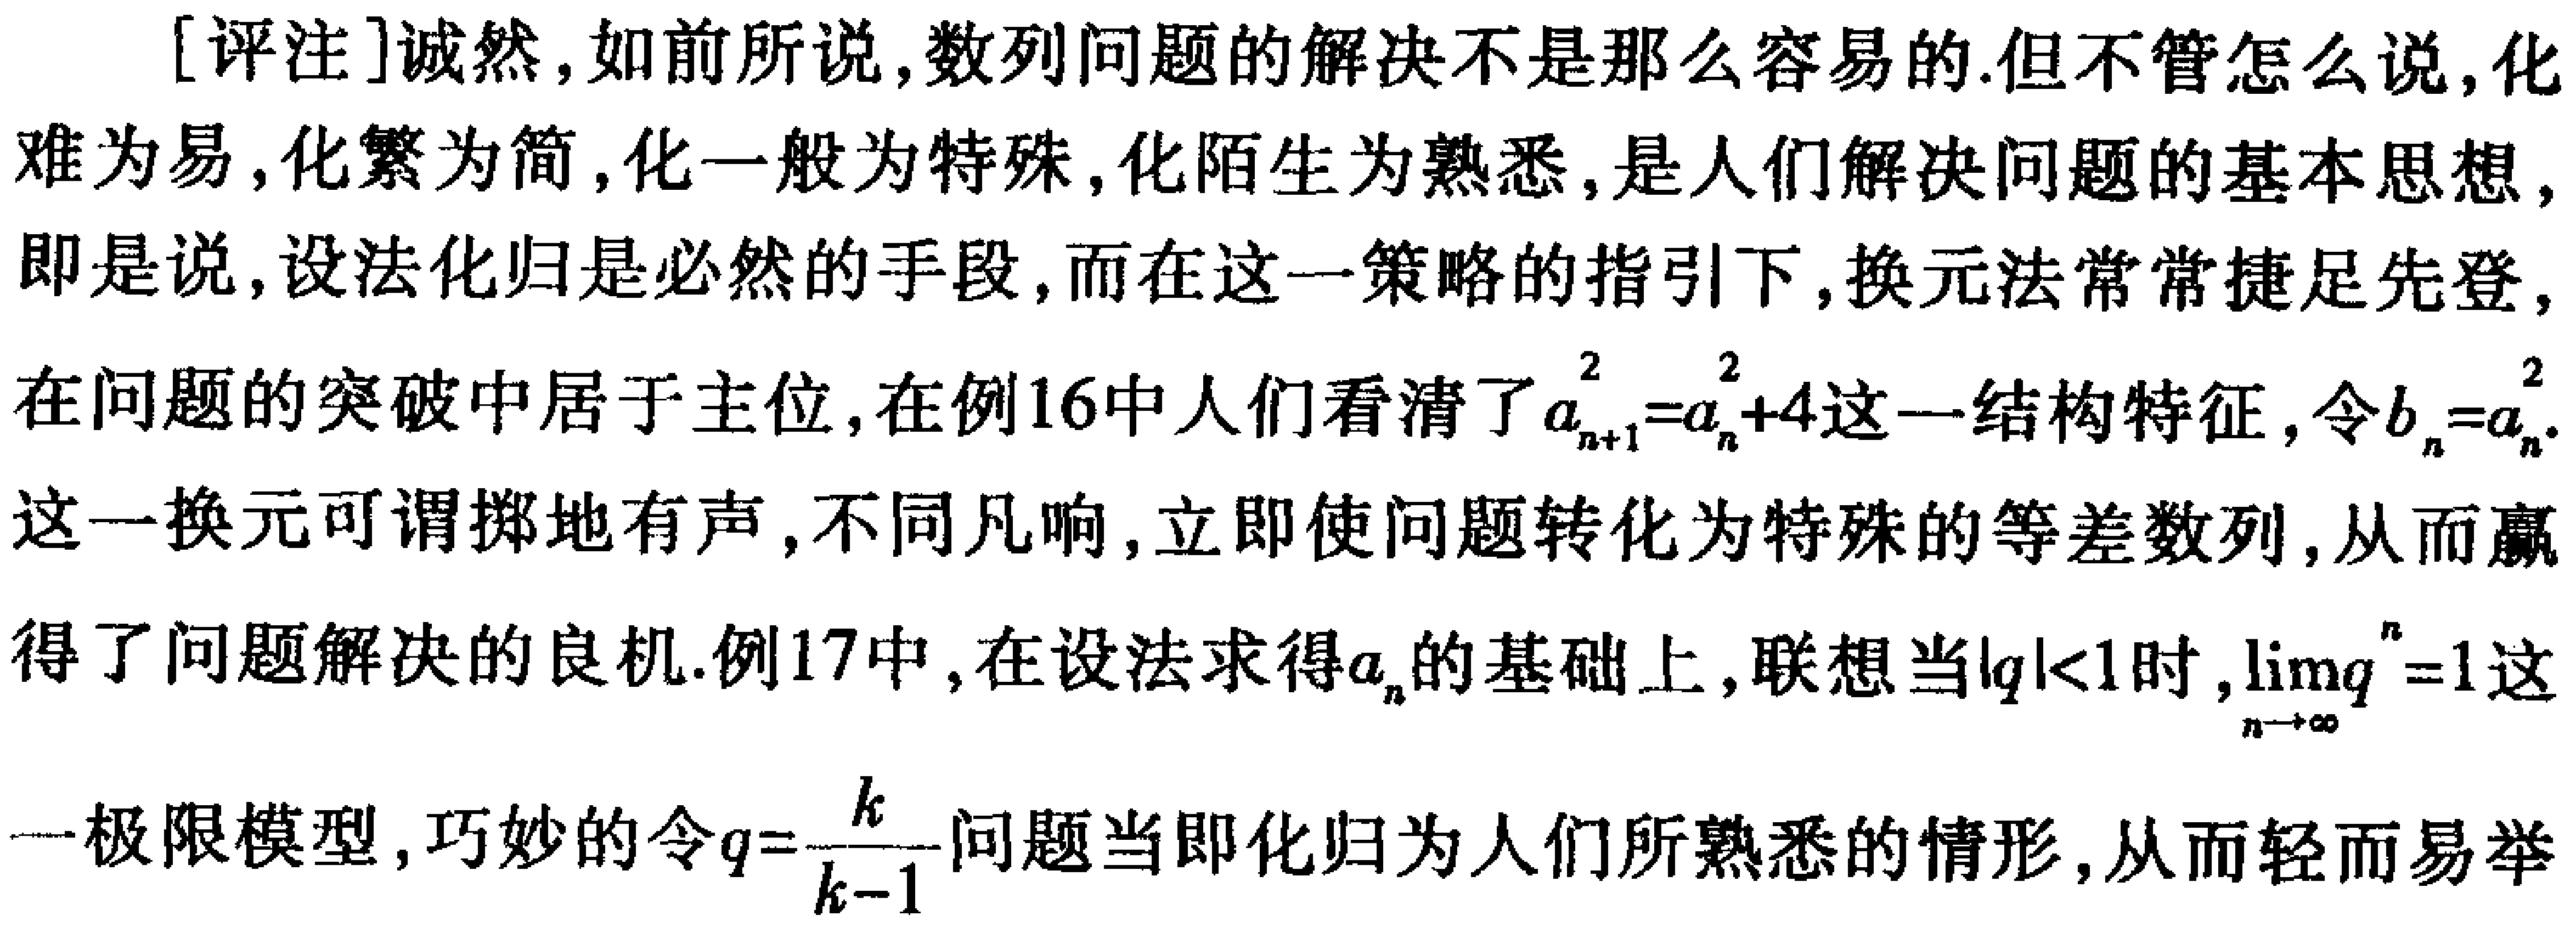
[评注]诚然,如前所说,数列问题的解决不是那么容易的.但不管怎么说,化难为易,化繁为简,化一般为特殊,化陌生为熟悉,是人们解决问题的基本思想,即是说,设法化归是必然的手段,而在这一策略的指引下,换元法常常捷足先登,在问题的突破中居于主位,在例16中人们看清了\(a_{n + 1}^{2}=a_{n}^{2}+4\)这一结构特征,令\(b_{n}=a_{n}^{2}\).这一换元可谓掷地有声,不同凡响,立即使问题转化为特殊的等差数列,从而赢得了问题解决的良机.例17中,在设法求得\(a_{n}\)的基础上,联想当\(\vert q\vert<1\)时,\(\lim_{n\rightarrow\infty}q^{n}=1\)这一极限模型,巧妙的令\(q = \frac{k}{k - 1}\)问题当即化归为人们所熟悉的情形,从而轻而易举